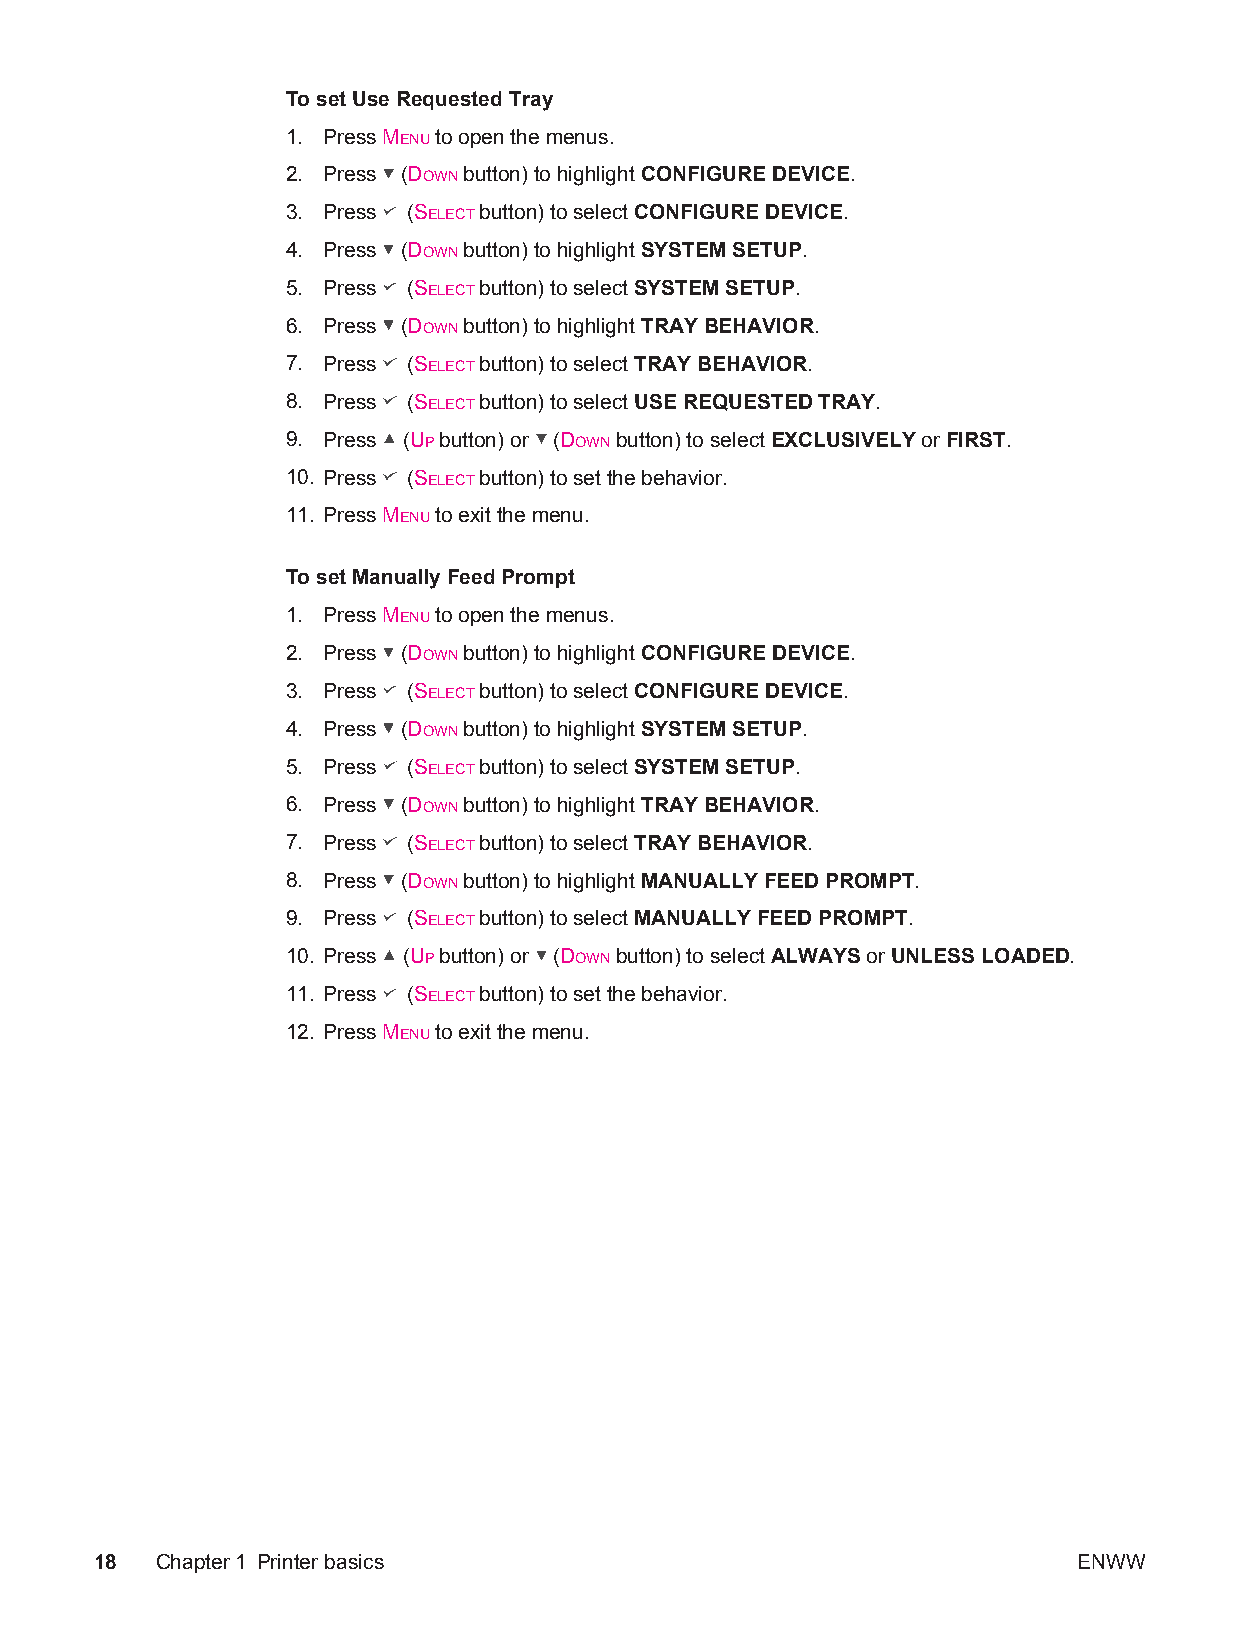
To set Use Requested Tray
 1. Press MENU to open the menus.
 2. Press (DOWN button) to highlight CONFIGURE DEVICE.
 3. Press (SELECT button) to select CONFIGURE DEVICE.
 4. Press (DOWN button) to highlight SYSTEM SETUP.
 5. Press (SELECT button) to select SYSTEM SETUP.
 6. Press (DOWN button) to highlight TRAY BEHAVIOR.
 7. Press (SELECT button) to select TRAY BEHAVIOR.
 8. Press (SELECT button) to select USE REQUESTED TRAY.
 9. Press (UP button) or (DOWN button) to select EXCLUSIVELY or FIRST.
 10. Press (SELECT button) to set the behavior.
 11. Press MENU to exit the menu.
 To set Manually Feed Prompt
 1. Press MENU to open the menus.
 2. Press (DOWN button) to highlight CONFIGURE DEVICE.
 3. Press (SELECT button) to select CONFIGURE DEVICE.
 4. Press (DOWN button) to highlight SYSTEM SETUP.
 5. Press (SELECT button) to select SYSTEM SETUP.
 6. Press (DOWN button) to highlight TRAY BEHAVIOR.
 7. Press (SELECT button) to select TRAY BEHAVIOR.
 8. Press (DOWN button) to highlight MANUALLY FEED PROMPT.
 9. Press (SELECT button) to select MANUALLY FEED PROMPT.
 10. Press (UP button) or (DOWN button) to select ALWAYS or UNLESS LOADED.
 11. Press (SELECT button) to set the behavior.
 12. Press MENU to exit the menu.
 18  Chapter1 Printer basics                                      ENWW